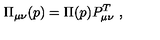
\Pi _ { \mu \nu } ( p ) = \Pi ( p ) P _ { \mu \nu } ^ { T } \ ,